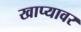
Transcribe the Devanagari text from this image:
खाप्यावर